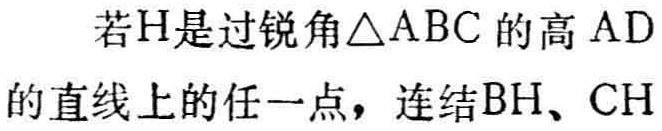
若\(H\)是过锐角\(\triangle ABC\)的高\(AD\)的直线上的任一点，连结\(BH\)、\(CH\)